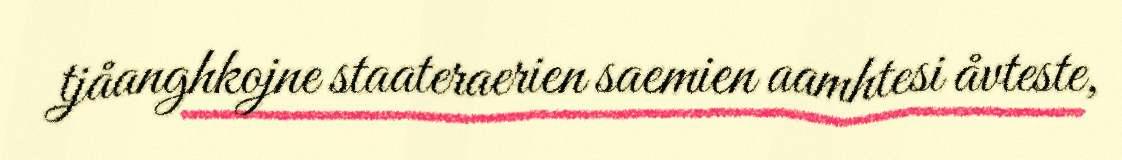
tjåanghkojne staateraerien saemien aamhtesi åvteste,